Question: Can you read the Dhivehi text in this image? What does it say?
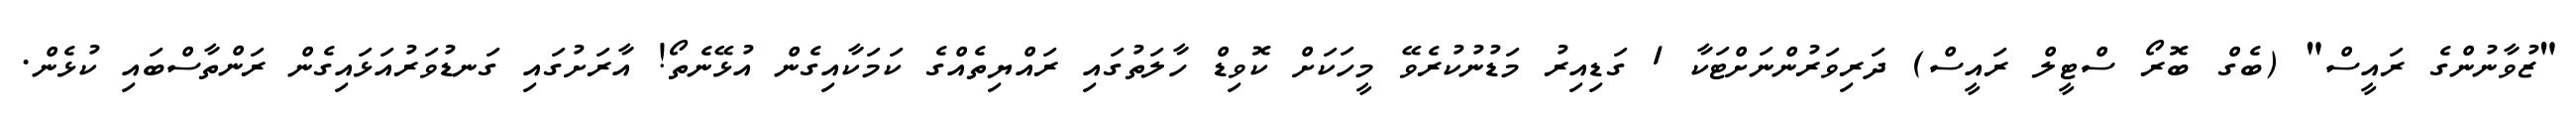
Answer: "ޒުވާނުންގެ ރައީސް" (ބެގް ބޮރޯ ސްޓީލް ރައީސް) ދަރިވަރުންނަށްޓަކާ 1 ގަޑިއިރު މަޑުނުކުރެވޭ މީހަކަށް ކޮވިޑް ހާލަތުގައި ރައްޔިތެއްގެ ކަމަކާއިގެން އުޅޭނެތޯ! އާރަށުގައި ގަނޑުވަރުއަޅައިގެން ރަންތާސްބައި ކުޅެން.